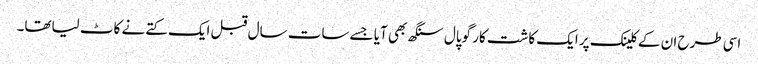
اسی طرح ان کے کلینک پر ایک کاشت کار گوپال سنگھ بھی آیا جسے سات سال قبل ایک کتے نے کاٹ لیاتھا۔